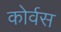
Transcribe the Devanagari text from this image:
कोर्वस